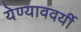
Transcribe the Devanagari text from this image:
येण्याववर्यी